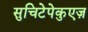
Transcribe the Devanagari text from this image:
सुचिटेपेकुएज़